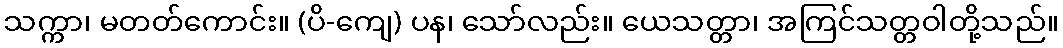
သက္ကာ၊ မတတ်ကောင်း။ (ပိ-ကျေ) ပန၊ သော်လည်း။ ယေသတ္တာ၊ အကြင်သတ္တဝါတို့သည်။